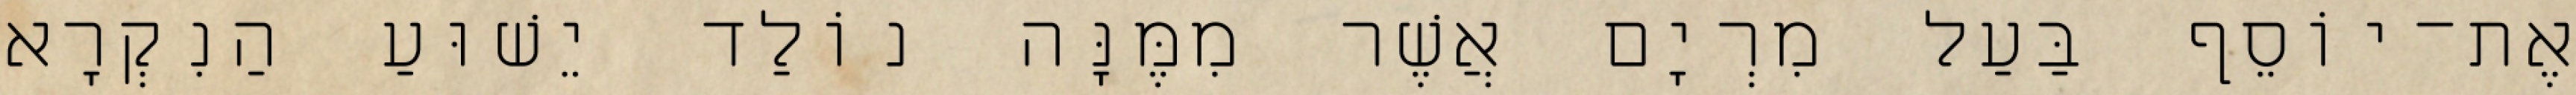
אֶת־יוֹסֵף בַּעַל מִרְיָם אֲשֶׁר מִמֶּנָּה נוֹלַד יֵשׁוּעַ הַנִקְרָא